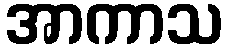
အာကာသ